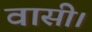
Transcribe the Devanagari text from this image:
वासी।